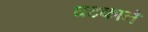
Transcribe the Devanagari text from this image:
घटकाने